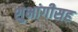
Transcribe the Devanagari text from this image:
शुभांगीसह